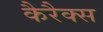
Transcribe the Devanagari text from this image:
कैरैक्स